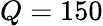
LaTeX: Q=150